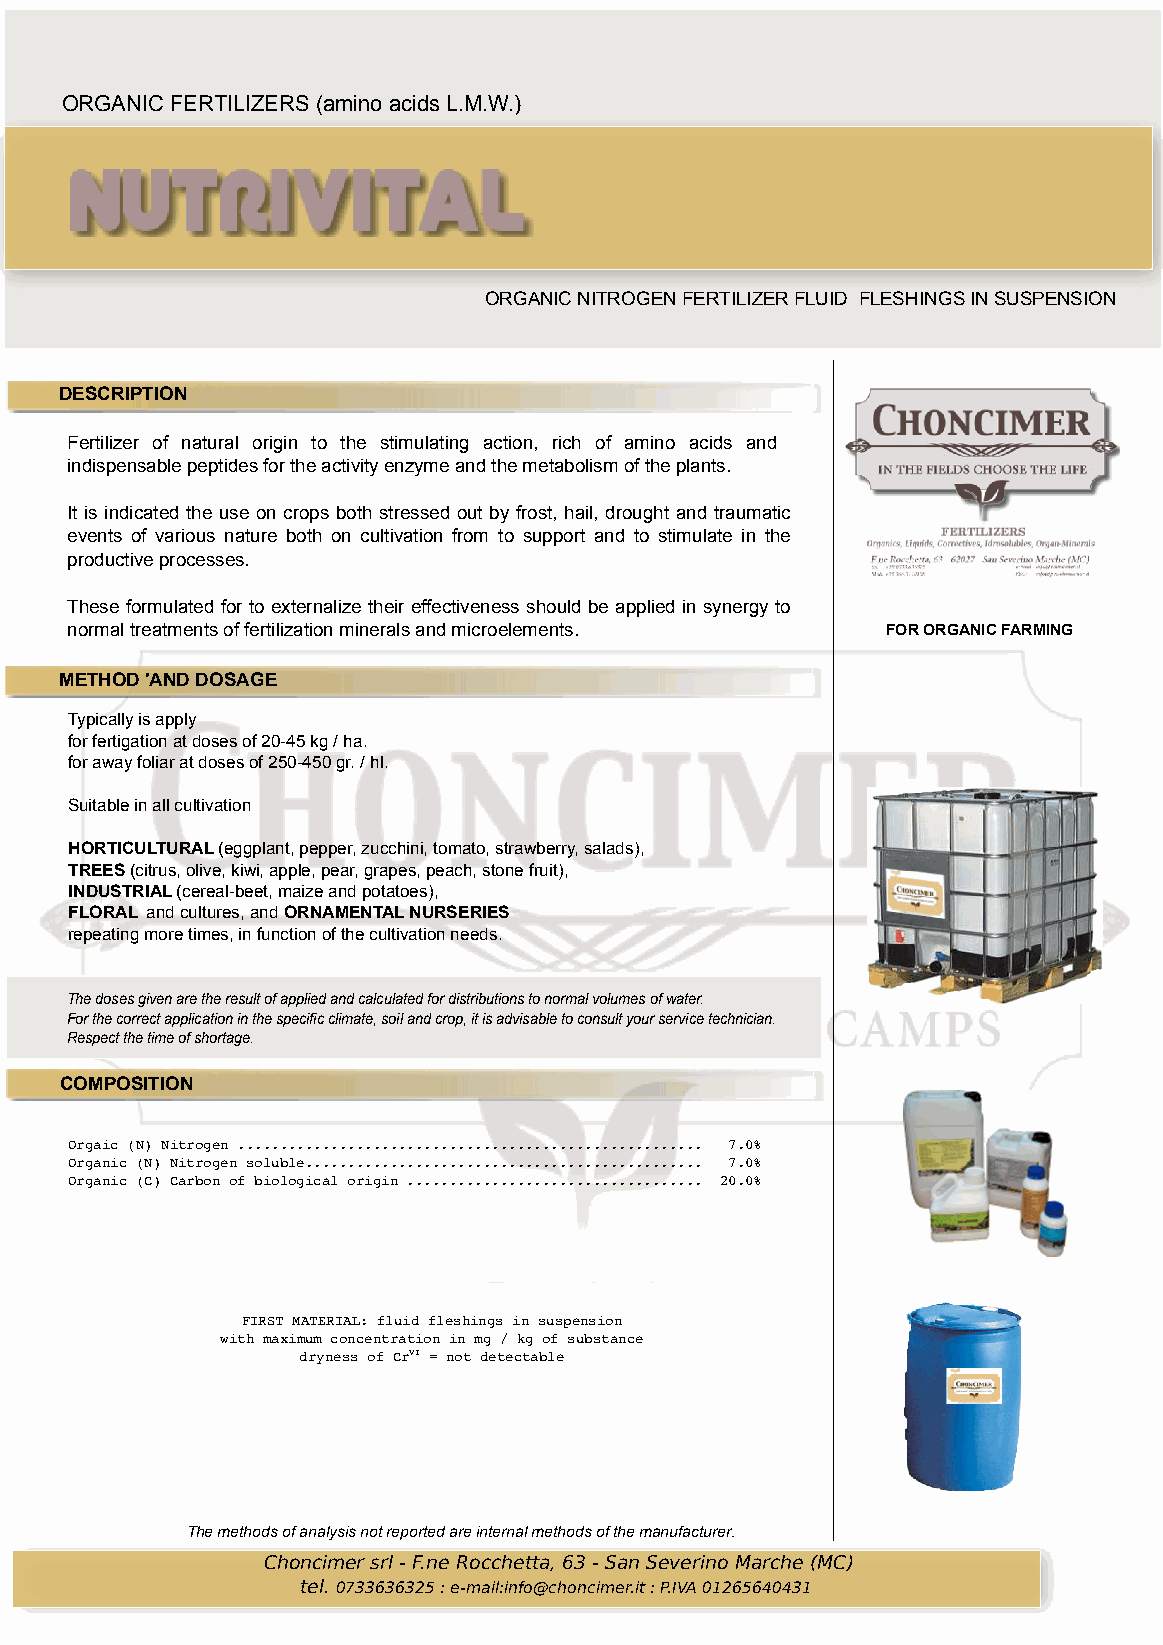
ORGANIC FERTILIZERS (amino acids L.M.W.)
 ORGANIC NITROGEN FERTILIZER FLUID FLESHINGS IN SUSPENSION
 DESCRIPTION
 Fertilizer of natural origin to the stimulating action, rich of amino acids and
 indispensable peptides for the activity enzyme and the metabolism of the plants.
 It is indicated the use on crops both stressed out by frost, hail, drought and traumatic
 events of various nature both on cultivation from to support and to stimulate in the
 productive processes.
 These formulated for to externalize their effectiveness should be applied in synergy to
 normal treatments of fertilization minerals and microelements. FOR ORGANIC FARMING
 METHOD 'AND DOSAGE
 Typically is apply
 for fertigation at doses of 20-45 kg / ha.
 for away foliar at doses of 250-450 gr. / hl.
 Suitable in all cultivation
 HORTICULTURAL (eggplant, pepper, zucchini, tomato, strawberry, salads),
 TREES (citrus, olive, kiwi, apple, pear, grapes, peach, stone fruit),
 INDUSTRIAL (cereal-beet, maize and potatoes),
 FLORAL and cultures, and ORNAMENTAL NURSERIES
 repeating more times, in function of the cultivation needs.
 The doses given are the result of applied and calculated for distributions to normal volumes of water.
 For the correct application in the specific climate, soil and crop, it is advisable to consult your service technician.
 Respect the time of shortage.
 COMPOSITION
 Orgaic (N) Nitrogen ....................................................... 7.0%
 Organic (N) Nitrogen soluble............................................... 7.0%
 Organic (C) Carbon of biological origin ................................... 20.0%
 FIRST MATERIAL: fluid fleshings in suspension
 with maximum concentration in mg / kg of substance
 dryness of CrVI = not detectable
 The methods of analysis not reported are internal methods of the manufacturer.
 Choncimer srl - F.ne Rocchetta, 63 - San Severino Marche (MC)
 tel. 0733636325 : e-mail:info@choncimer.it : P.IVA 01265640431